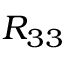
R _ { 3 3 }